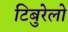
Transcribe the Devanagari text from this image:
टिबुरेलो